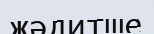
жәдитше